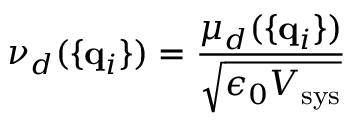
\nu _ { d } ( \{ { \bf q } _ { i } \} ) = { \frac { \mu _ { d } ( \{ { \bf q } _ { i } \} ) } { \sqrt { \epsilon _ { 0 } V _ { \mathrm { s y s } } } } }